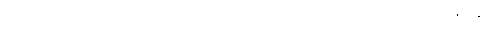
ယေ ဗြာဟ္မဏာ ဝါ၊ အကြင်ပုဏ္ဏားတို့သည်လည်းကောင်း။ ပထဝိဓာတုံ၊ ပထဝီဓာတ်ကို။ ပဇာနန္တိ၊